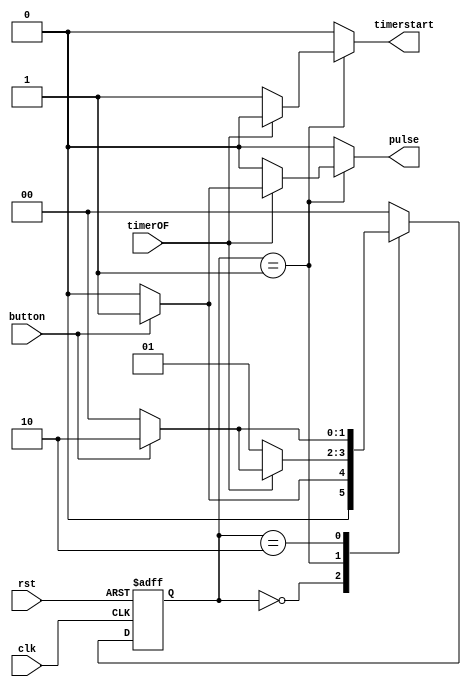
`timescale 1ns / 1ps
//////////////////////////////////////////////////////////////////////////////////
// Company: 
// Engineer: 
// 
// Design Name: 
// Module Name:    DEBOUNCE 
// Project Name: 
// Target Devices: 
// Tool versions: 
// Description: 
//
// Dependencies: 
//
// Revision: 
// Revision 0.01 - File Created
// Additional Comments: 
//
//////////////////////////////////////////////////////////////////////////////////
module TheBounceStopper(
    input button,
    input timerOF,
	 input clk,
    input rst,
	 output reg pulse,
	 output reg timerstart
    );


localparam [1:0] INIT = 2'b00, waitingp = 2'b01, pout = 2'b10; //describing states
reg [1:0] state, next_state;

   //(* FSM_ENCODING="SEQUNTIAL", SAFE_IMPLEMENTATION="YES", SAFE_RECOVERY_STATE="<recovery_state_value>" *) reg [1:0] state = <state1>;

   always@(posedge clk or posedge rst)
     begin if (rst)
      state <= INIT;
      else
		state <= next_state;
		end
		
		
		always @ (state or button or timerOF)
            case(state)
				INIT : begin
					next_state = button ? waitingp : INIT;
					pulse = 1'b0;  
					timerstart = 1'b0;
            end
           
			   waitingp : begin
				if (timerOF == 0) begin
					next_state = waitingp;
					pulse = 1'b0;
					timerstart = 1'b1;
					end
				else if (button) begin
					next_state = pout;
					pulse = 1'b1;
					timerstart = 1'b0;
					end
				else begin
					next_state = INIT;
					pulse = 1'b0;
					timerstart = 1'b0;
            end
				end
				
				
            pout : begin
				timerstart = 1'b0;
            if (button == 0) begin
					next_state = INIT;
					pulse = 1'b0;
					end
            else begin
					next_state = pout;
					pulse = 1'b0;
            end
				end
            
				default : begin  // Fault Recovery
					next_state = INIT;
					timerstart = 1'b0;
					pulse = 1'b0;
            end   
         endcase
		
endmodule